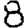
Digit: 8